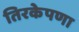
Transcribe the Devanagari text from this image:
तिरकेपणा